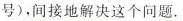
号)，间接地解决这个问题.